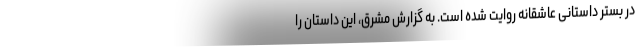
در بستر داستانی عاشقانه روایت شده است. به گزارش مشرق، این داستان را